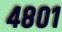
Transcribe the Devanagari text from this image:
४८०१